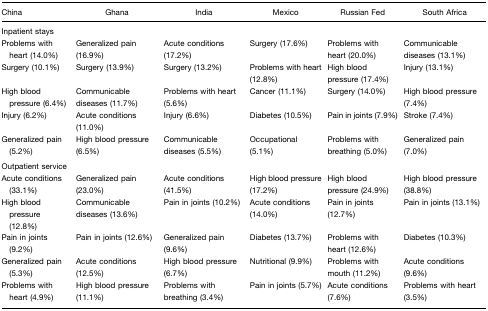
| China | Ghana | India | Mexico | Russian Fed | South Africa |
 | --- | --- | --- | --- | --- | --- |
 | Inpatient stays |  |  |  |  |  |
 | Problems with heart (14.0%) | Generalized pain (16.9%) | Acute conditions (17.2%) | Surgery (17.6%) | Problems with heart (20.0%) | Communicable diseases (13.1%) |
 | Surgery (10.1%) | Surgery (13.9%) | Surgery (13.2%) | Problems with heart (12.8%) | High blood pressure (17.4%) | Injury (13.1%) |
 | High blood pressure (6.4%) | Communicable diseases (11.7%) | Problems with heart (5.6%) | Cancer (11.1%) | Surgery (14.0%) | High blood pressure (7.4%) |
 | Injury (6.2%) | Acute conditions (11.0%) | Injury (6.6%) | Diabetes (10.5%) | Pain in joints (7.9%) | Stroke (7.4%) |
 | Generalized pain (5.2%) | High blood pressure (6.5%) | Communicable diseases (5.5%) | Occupational (5.1%) | Problems with breathing (5.0%) | Generalized pain (7.0%) |
 | Outpatient service |  |  |  |  |  |
 | Acute conditions (33.1%) | Generalized pain (23.0%) | Acute conditions (41.5%) | High blood pressure (17.2%) | High blood pressure (24.9%) | High blood pressure (38.8%) |
 | High blood pressure (12.8%) | Communicable diseases (13.6%) | Pain in joints (10.2%) | Acute conditions (14.0%) | Pain in joints (12.7%) | Pain in joints (13.1%) |
 | Pain in joints (9.2%) | Pain in joints (12.6%) | Generalized pain (9.6%) | Diabetes (13.7%) | Problems with heart (12.6%) | Diabetes (10.3%) |
 | Generalized pain (5.3%) | Acute conditions (12.5%) | High blood pressure (6.7%) | Nutritional (9.9%) | Problems with mouth (11.2%) | Acute conditions (9.6%) |
 | Problems with heart (4.9%) | High blood pressure (11.1%) | Problems with breathing (3.4%) | Pain in joints (5.7%) | Acute conditions (7.6%) | Problems with heart (3.5%) |